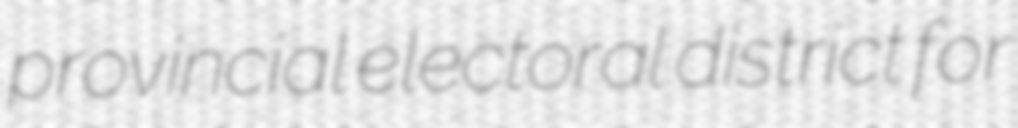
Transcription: provincial electoral district for